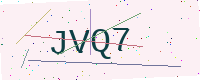
Text: JVQ7